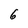
Character: 6